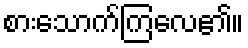
စားသောက်ကြလေ၏။